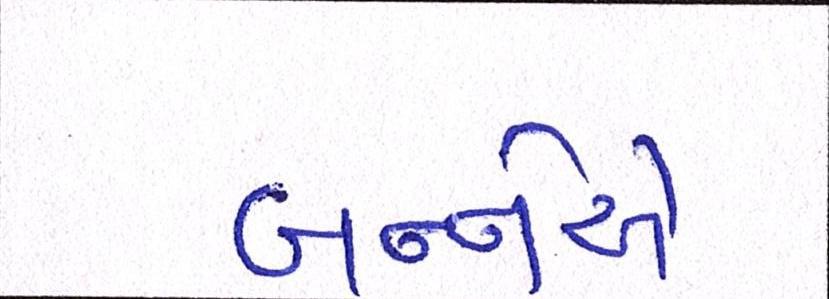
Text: બન્નેએ